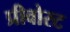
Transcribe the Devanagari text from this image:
प्रीवोस्ट